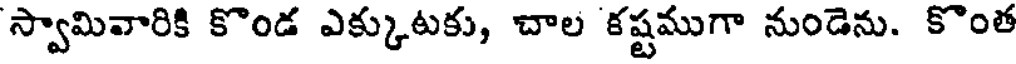
స్వామివారికి కొండ ఎక్కుటకు, చాల కష్టముగా నుండెను. కొంత